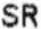
SR